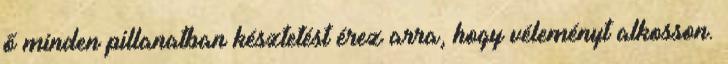
ő minden pillanatban késztetést érez arra, hogy véleményt alkosson.